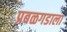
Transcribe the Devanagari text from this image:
प्रबळगडाला